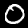
Label: 0